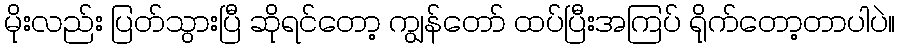
မိုးလည်း ပြတ်သွားပြီ ဆိုရင်တော့ ကျွန်တော် ထပ်ပြီးအကြပ် ရိုက်တော့တာပါပဲ။